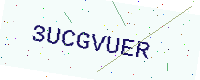
Text: 3UCGVUER